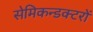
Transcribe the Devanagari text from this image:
सेमिकन्डक्टरों